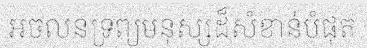
អចលនទ្រព្យមនុស្សដ៏សំខាន់បំផុត